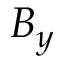
B _ { y }